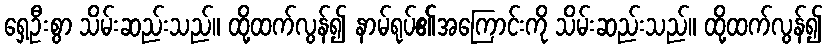
ရှေ့ဦးစွာ သိမ်းဆည်းသည်။ ထို့ထက်လွန်၍ နာမ်ရုပ်၏အကြောင်းကို သိမ်းဆည်းသည်။ ထို့ထက်လွန်၍